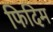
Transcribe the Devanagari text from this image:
फिदिम